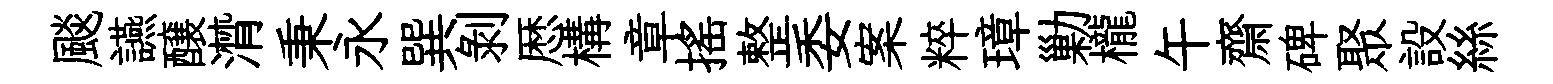
颷讌醸潸秉永巽剝厯構章搖整委案粹璋勦櫳午齋碑聚設絲